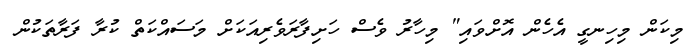
މިކަން މިހިނގީ އެހެން އޮށްވައި" މިހާރު ވެސް ހަށިފާރަވެރިއަކަށް މަސައްކަތް ކުރާ ފަރާތަކުން